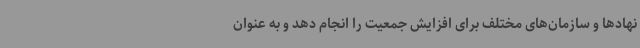
نهادها و سازمان‌های مختلف برای افزایش جمعیت را انجام دهد و به عنوان